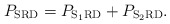
\begin{align*}P_{\mathrm{SRD}} = P_{\mathrm{S}_{1}\mathrm{R}\mathrm{D}} + P_{\mathrm{S}_{2}\mathrm{R}\mathrm{D}}.\end{align*}